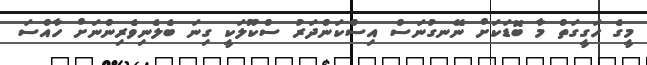
މީގެ ހަގީގަތް މާ ބޮޑަކަށް ނޭނގުނަސް އިސްކަންދަރު ސްކޫލަކީ ގިނަ ބެލެނިވެރިންނަށް ހާއްސަ